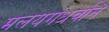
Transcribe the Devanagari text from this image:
मलयगंधर्वाने